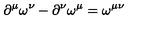
\partial ^ { \mu } \omega ^ { \nu } - \partial ^ { \nu } \omega ^ { \mu } = \omega ^ { \mu \nu }